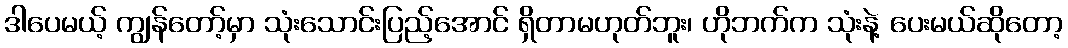
ဒါပေမယ့် ကျွန်တော့်မှာ သုံးသောင်းပြည့်အောင် ရှိတာမဟုတ်ဘူး၊ ဟိုဘက်က သုံးနဲ့ ပေးမယ်ဆိုတော့